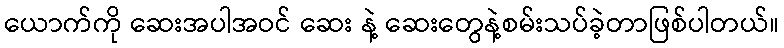
ယောက်ကို ဆေးအပါအဝင် ဆေး နဲ့ ဆေးတွေနဲ့စမ်းသပ်ခဲ့တာဖြစ်ပါတယ်။